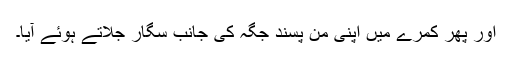
اور پھر کمرے میں اپنی من پسند جگہ کی جانب سگار جلاتے ہوئے آیا۔